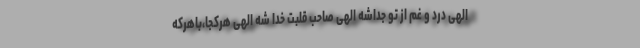
الهی درد و غم از تو جداشه الهی صاحب قلبت خدا شه الهی هرکجا،باهرکه